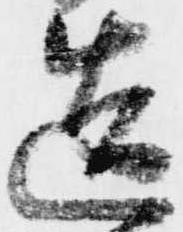
造